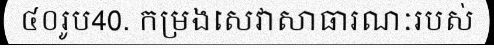
៤០រូប40. កម្រងសេវាសាធារណៈរបស់